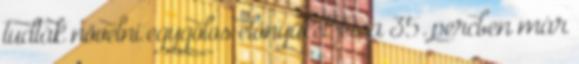
tudták növelni egygólos előnyüket, és a 35. percben már